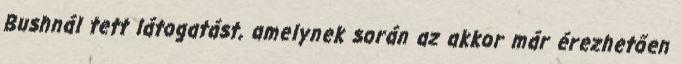
Bushnál tett látogatást, amelynek során az akkor már érezhetően